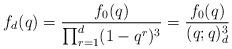
LaTeX: \begin{align*} f_d(q) = \frac{f_0(q)}{\prod_{r=1}^d (1-q^r)^3} = \frac{f_0(q)}{(q;q)_d^3} \end{align*}